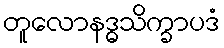
တူလောနဒ္ဓသိက္ခာပဒံ